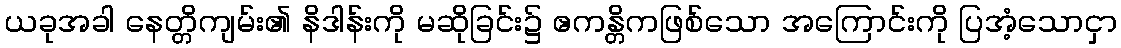
ယခုအခါ နေတ္တိကျမ်း၏ နိဒါန်းကို မဆိုခြင်း၌ ဧကန္တိကဖြစ်သော အကြောင်းကို ပြအံ့သောငှာ